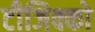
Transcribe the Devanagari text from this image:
टीजिक्को